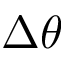
\Delta \theta